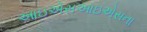
આઇએસઆઇએસના